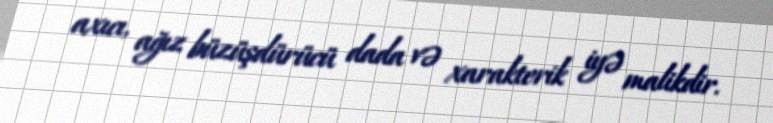
axıcı, ağız büzüşdürücü dada və xarakterik iyə malikdir.